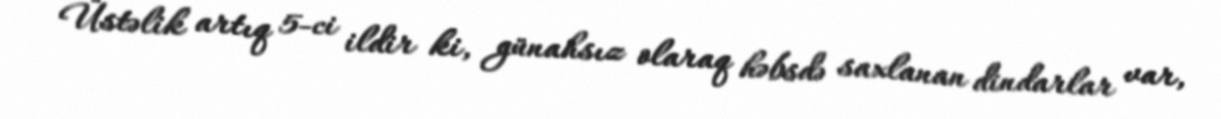
Üstəlik artıq 5-ci ildir ki, günahsız olaraq həbsdə saxlanan dindarlar var,